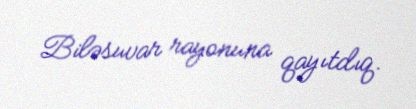
Biləsuvar rayonuna qayıtdıq.